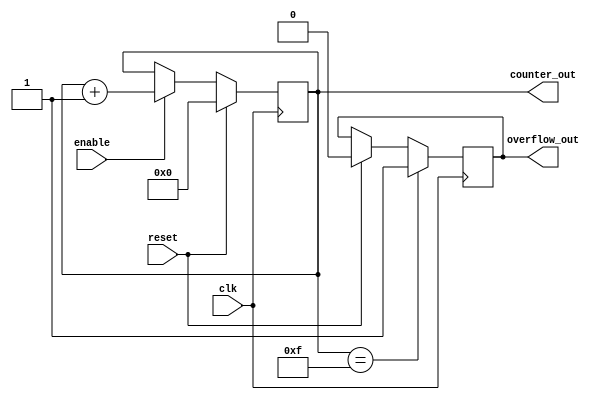
//-----------------------------------------
//Design name: first_counter
//Function: This is a 4-bit up-counter with
//Synchronous active high reset and 
//with active high enable signal
//------------------------------------------
module first_counter(
    clk,
    reset,
    enable,
    counter_out,
    overflow_out
);// End of port list
//----------------Input Ports---------------
input clk;
input reset;
input enable;
//----------------Output Ports--------------
output[3:0] counter_out;
output overflow_out;
//----------------Input ports Data Type-----
//By rule all the input ports should be wires
wire clk;
wire reset;
wire enable;
//----------------Output ports data type----
//Output port can be a storage element(reg) or a wire
reg[3:0] counter_out;
reg overflow_out;
// overflow outport

//---------------Code starts here-----------
always@(posedge clk)
begin: COUNTER //block name
    //At every rising edge of clock we check if reset is active
    //If active, we load the counter output with 4'b0000
    if(reset==1'b1) begin
        counter_out <= #1 4'b0000;
        overflow_out <= #1 1'b0;
    end
    //If enable is active, we increment the counter
    else if(enable == 1'b1) begin
        counter_out <= #1 counter_out + 1;

    end
    // if it overflows, set overflow_out to be 1
    if(counter_out == 4'b1111)
    begin
        overflow_out <= 1'b1;
    end
end // End of block COUNTER

endmodule // End of module counter